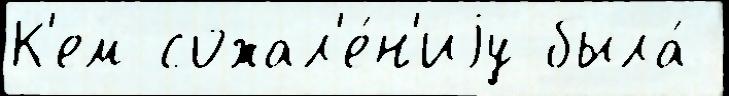
К'ем сожал'е́н'иjу была́